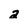
Character: 2